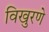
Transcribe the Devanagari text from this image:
विखुरणे